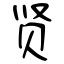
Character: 贤